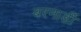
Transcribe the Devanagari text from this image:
बरनार्डी